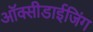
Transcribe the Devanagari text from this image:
ऑक्सीडाईजिंग